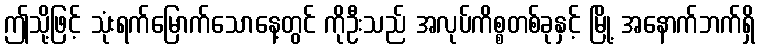
ဤသို့ဖြင့် သုံးရက်မြောက်သောနေ့တွင် ကိုဦးသည် အလုပ်ကိစ္စတစ်ခုနှင့် မြို့ အနောက်ဘက်ရှိ